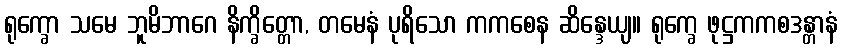
ရုက္ခော သမေ ဘူမိဘာဂေ နိက္ခိတ္တော, တမေနံ ပုရိသော ကကစေန ဆိန္ဒေယျ။ ရုက္ခေ ဖုဋ္ဌကကစဒန္တာနံ